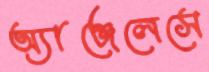
অ্যাঞ্জেলেসে